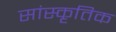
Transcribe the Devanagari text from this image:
सांस्‍कृतिक